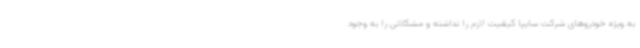
به ویژه خودروهای شرکت سایپا کیفیت لازم را نداشته و مشکلاتی را به وجود